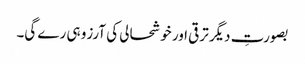
بصورتِ دیگر ترقی اور خوشحالی کی آرزو ہی رے گی۔